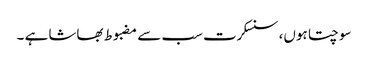
سوچتا ہوں، سنسکرت سب سے مضبوط بھاشا ہے ۔